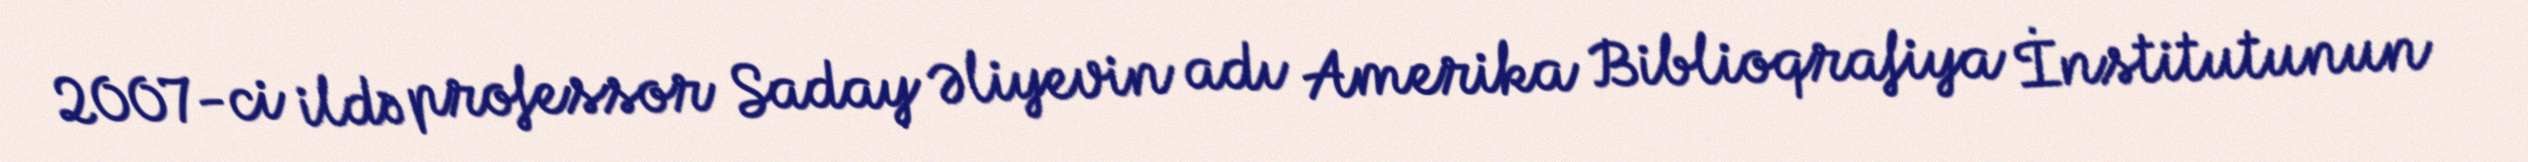
2007-ci ildə professor Saday Əliyevin adı Amerika Biblioqrafiya İnstitutunun